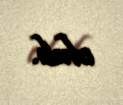
olub.